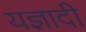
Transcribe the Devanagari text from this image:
यज्ञादी